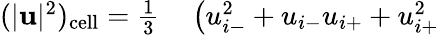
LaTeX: \begin{array}{rl}{(|\mathbf{u}|^{2})_{\mathrm{cell}}=\frac{1}{3}}&{{}\left(u_{i-}^{2}+u_{i-}u_{i+}+u_{i+}^{2}\right.}\end{array}